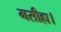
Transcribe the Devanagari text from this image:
मसीहा।